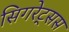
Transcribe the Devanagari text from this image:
सिगरेट्सस